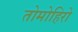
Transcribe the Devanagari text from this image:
तोमोहिरो